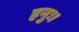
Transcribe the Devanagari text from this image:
हनुः।